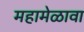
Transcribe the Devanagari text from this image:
महामेळावा